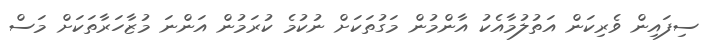
ސިފައިން ވެރިކަން އަތުލުމާއެކު އާންމުން މަގުތަކަށް ނުކުމެ ކުރަމުން އަންނަ މުޒާހަރާތަކަށް މަސް